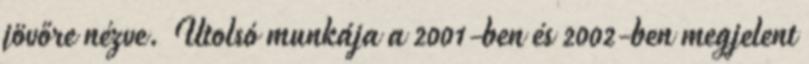
jövőre nézve. Utolsó munkája a 2001-ben és 2002-ben megjelent